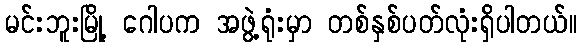
မင်းဘူးမြို့ ဂေါပက အဖွဲ့ရုံးမှာ တစ်နှစ်ပတ်လုံးရှိပါတယ်။